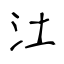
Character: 汢